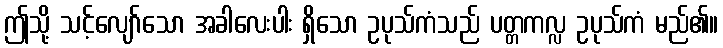
ဤသို့ သင့်လျော်သော အခါလေးပါး ရှိသော ဥပုသ်ကံသည် ပတ္တကလ္လ ဥပုသ်ကံ မည်၏။